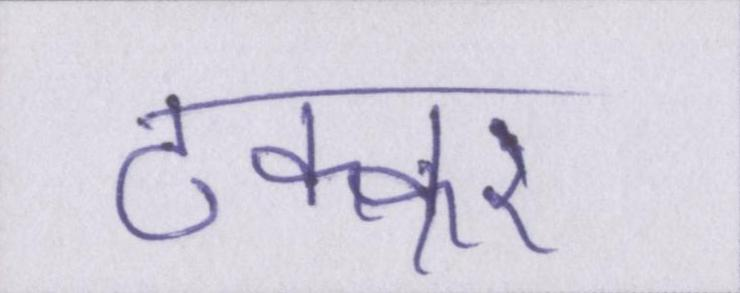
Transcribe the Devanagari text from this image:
टक्कर